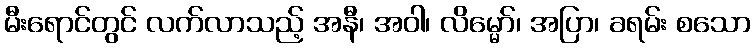
မီးရောင်တွင် လက်လာသည့် အနီ၊ အဝါ၊ လိမ္မော်၊ အပြာ၊ ခရမ်း စသော